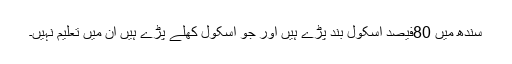
سندھ میں 80فیصد اسکول بند پڑے ہیں اور جو اسکول کھلے پڑے ہیں ان میں تعلیم نہیں۔